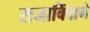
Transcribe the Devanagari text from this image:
राजाबिंबाने